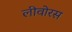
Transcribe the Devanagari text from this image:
लीवोरस